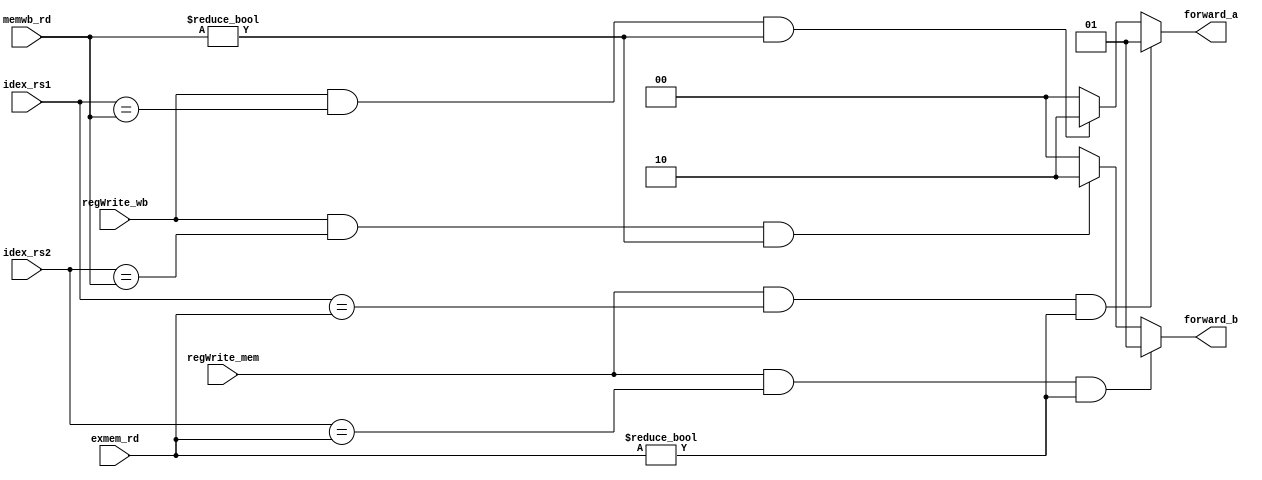
module ForwardingUnit(
    input regWrite_mem,
    input regWrite_wb,
    input [4:0] idex_rs1,
    input [4:0] idex_rs2,
    input [4:0] exmem_rd,
    input [4:0] memwb_rd,
    output reg [1:0] forward_a, // for rs1
    output reg [1:0] forward_b // for rs2
);
    // 00: id/ex, 01: ex/mem, 10: mem/wb
    always @(*) begin
        // rs1
        if(regWrite_mem==1'b1 && idex_rs1==exmem_rd && exmem_rd!=5'd0)
            forward_a = 2'b01;
        else if(regWrite_wb==1'b1 && idex_rs1==memwb_rd && memwb_rd!=5'd0)
            forward_a = 2'b10;
        else
            forward_a = 2'b00;
        // rs2
        if(regWrite_mem==1'b1 && idex_rs2==exmem_rd && exmem_rd!=5'd0)
            forward_b = 2'b01;
        else if(regWrite_wb==1'b1 && idex_rs2==memwb_rd && memwb_rd!=5'd0)
            forward_b = 2'b10;
        else
            forward_b = 2'b00;
    end
endmodule